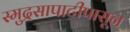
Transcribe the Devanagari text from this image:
स्मुद्रसापाटीपासून